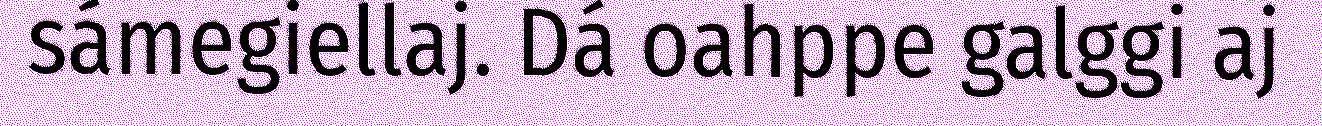
sámegiellaj. Dá oahppe galggi aj